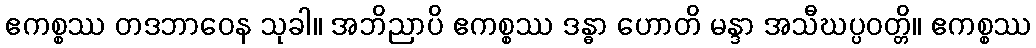
ဧကစ္စဿ တဒဘာဝေန သုခါ။ အဘိညာပိ ဧကစ္စဿ ဒန္ဓာ ဟောတိ မန္ဒာ အသီဃပ္ပဝတ္တိ။ ဧကစ္စဿ